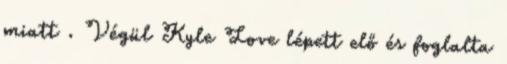
miatt . Végül Kyle Love lépett elő és foglalta